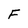
Character: F